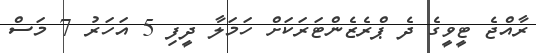
ރާއްޖެ ޓީވީގެ ދެ ޕްރެޒެންޓަރަކަށް ހަމަލާ ދީފި 5 އަހަރު 7 މަސް